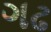
ગઢ